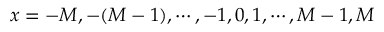
x = - M , - ( M - 1 ) , \cdots , - 1 , 0 , 1 , \cdots , M - 1 , M